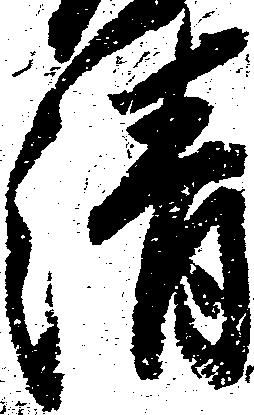
清